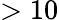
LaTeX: >10